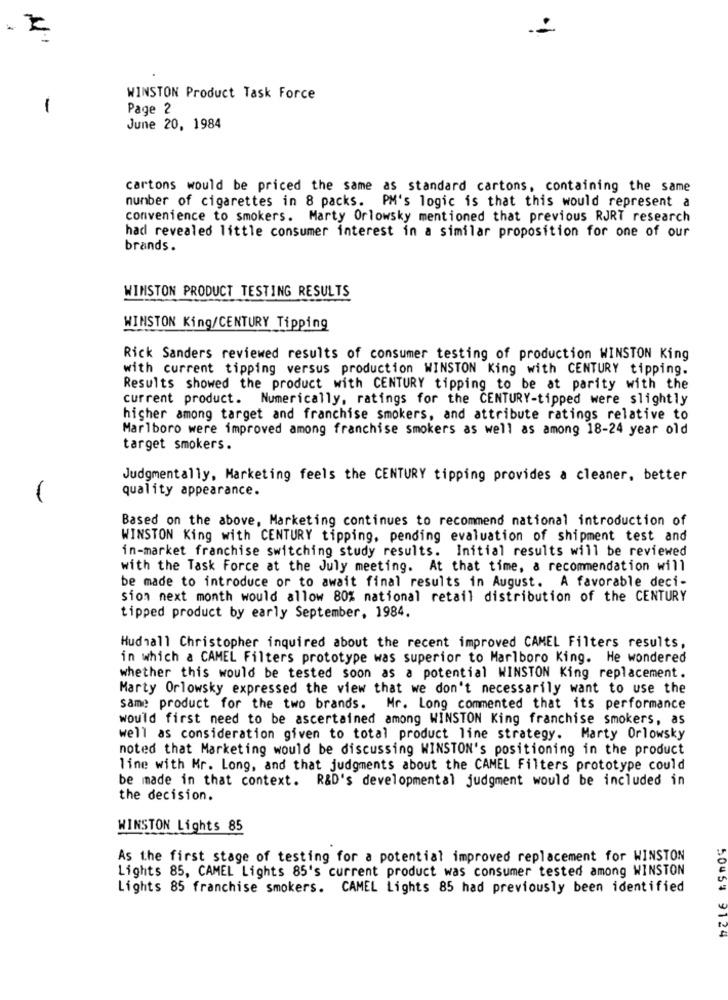
WINSTON Product Task Force
-
Page 2
June 20, 1984
cartons would be priced the same as standard cartons, containing the same
number of cigarettes in 8 packs. PM's logic is that this would represent a
convenience to smokers. Marty Orlowsky mentioned that previous RJRT research
had revealed little consumer interest in a similar proposition for one of our
brands.
WINSTON PRODUCT TESTING RESULTS
WINSTON King/CENTURY Tipping
Rick Sanders reviewed results of consumer testing of production WINSTON King
with current tipping versus production WINSTON King with CENTURY tipping.
Results showed the product with CENTURY tipping to be at parity with the
current product. Numerically, ratings for the CENTURY-tipped were slightly
higher among target and franchise smokers, and attribute ratings relative to
Marlboro were improved among franchise smokers as well as among 18-24 year old
target smokers.
Judgmentally, Marketing feels the CENTURY tipping provides a cleaner, better
quality appearance.
Based on the above, Marketing continues to recommend national introduction of
WINSTON King with CENTURY tipping, pending evaluation of shipment test and
in-market franchise switching study results. Initial results will be reviewed
with the Task Force at the July meeting. At that time, a recommendation will
be made to introduce or to await final results in August. A favorable deci-
sion next month would allow 80% national retail distribution of the CENTURY
tipped product by early September, 1984.
Hudhall Christopher inquired about the recent improved CAMEL Filters results,
in which a CAMEL Filters prototype was superior to Marlboro King. He wondered
whether this would be tested soon as a potential WINSTON King replacement.
Marty Orlowsky expressed the view that we don't necessarily want to use the
same product for the two brands. Mr. Long commented that its performance
would first need to be ascertained among WINSTON King franchise smokers, as
well as consideration given to total product line strategy. Marty Orlowsky
noted that Marketing would be discussing WINSTON's positioning in the product
line with Mr. Long, and that judgments about the CAMEL Filters prototype could
be made in that context. R&D's developmental judgment would be included in
the decision.
WINSTON Lights 85
As the first stage of testing for a potential improved replacement for WINSTON
Lights 85, CAMEL Lights 85's current product was consumer tested among WINSTON
Lights 85 franchise smokers. CAMEL Lights 85 had previously been identified
50454 9124